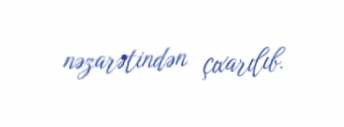
nəzarətindən çıxarılıb.